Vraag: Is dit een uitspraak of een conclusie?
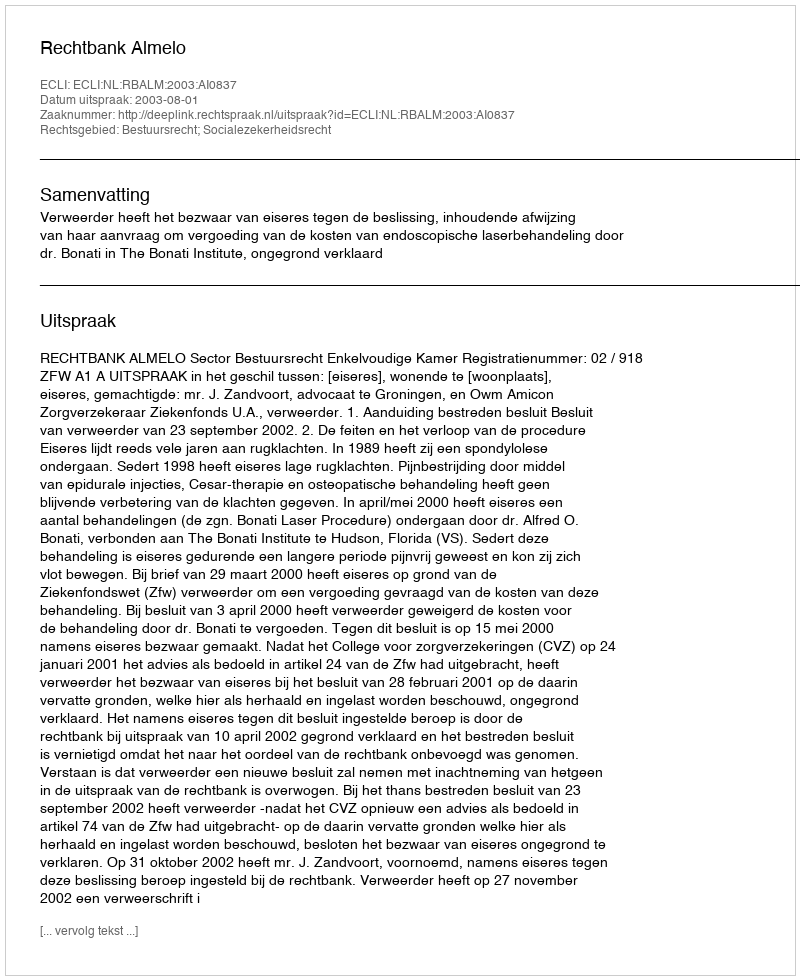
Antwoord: Uitspraak